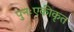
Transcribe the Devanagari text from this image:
पुनःएकीकृत